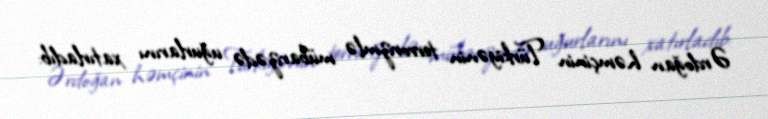
Ərdoğan həmçinin Türkiyənin terrorizmlə mübarizədə uğurlarını xatırladıb: